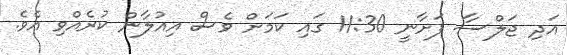
އަދި ޖަލްސާ ފަށާނީ 11:30 ގައި ކަމަށް ވެސް އިއުލާން ކުރެއްވި އެވެ.